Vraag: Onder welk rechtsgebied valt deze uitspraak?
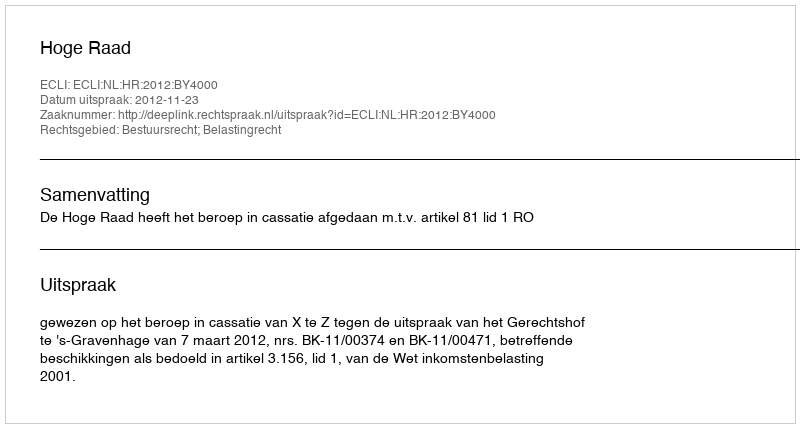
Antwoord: Bestuursrecht; Belastingrecht